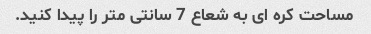
مساحت کره ای به شعاع 7 سانتی متر را پیدا کنید.